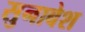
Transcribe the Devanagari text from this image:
सुनाबेश